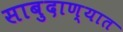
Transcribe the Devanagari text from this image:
साबुदाण्यात